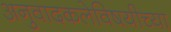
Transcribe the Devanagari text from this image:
अनुवादकलेविषयीच्या